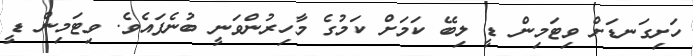
ހަށިގަނޑަށް ވިޓަމިން ޑީ ލިބޭ ކަމަށް ކަމުގެ މާހިރުންވަނީ ބުނެފައެވެ. ވިޓަމިން ޑީ